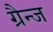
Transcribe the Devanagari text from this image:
ग्रैन्ज